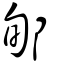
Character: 郇